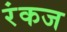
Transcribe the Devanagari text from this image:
रंकज